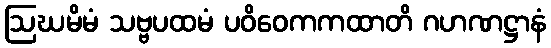
ဩဃမိမံ သဗ္ဗပထမံ ပဝိဝေကကထာတိ ဂဟဏဋ္ဌာနံ